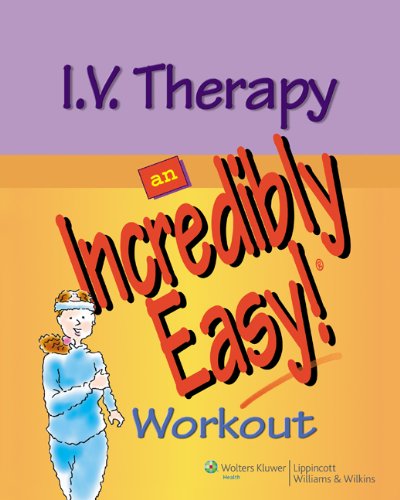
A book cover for I.V. Therapy: An Incredibly Easy Workout (Incredibly Easy! SeriesÂ®); Springhouse; Medical Books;